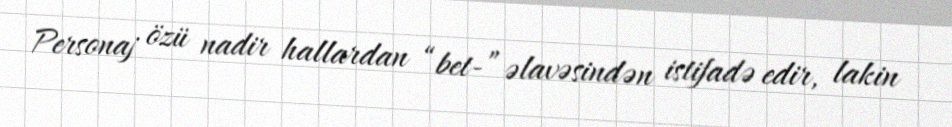
Personaj özü nadir hallardan “bet-” əlavəsindən istifadə edir, lakin